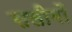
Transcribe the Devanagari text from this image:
सलीबों